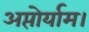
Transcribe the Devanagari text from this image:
अप्तोर्याम।